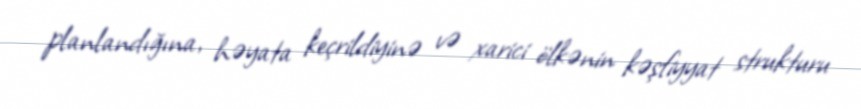
planlandığına, həyata keçrildiyinə və xarici ölkənin kəşfiyyat strukturu